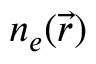
n _ { e } ( \vec { r } )